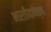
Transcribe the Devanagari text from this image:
भारतीयापेक्षा